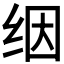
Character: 𬘡